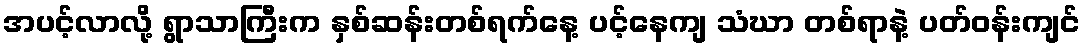
အပင့်လာလို့ ရွာသာကြီးက နှစ်ဆန်းတစ်ရက်နေ့ ပင့်နေကျ သံဃာ တစ်ရာနဲ့ ပတ်ဝန်းကျင်